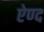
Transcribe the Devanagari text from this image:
ऐण्द